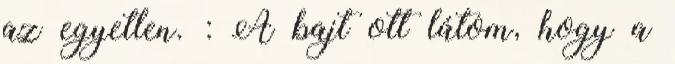
az egyetlen. : A bajt ott látom, hogy a